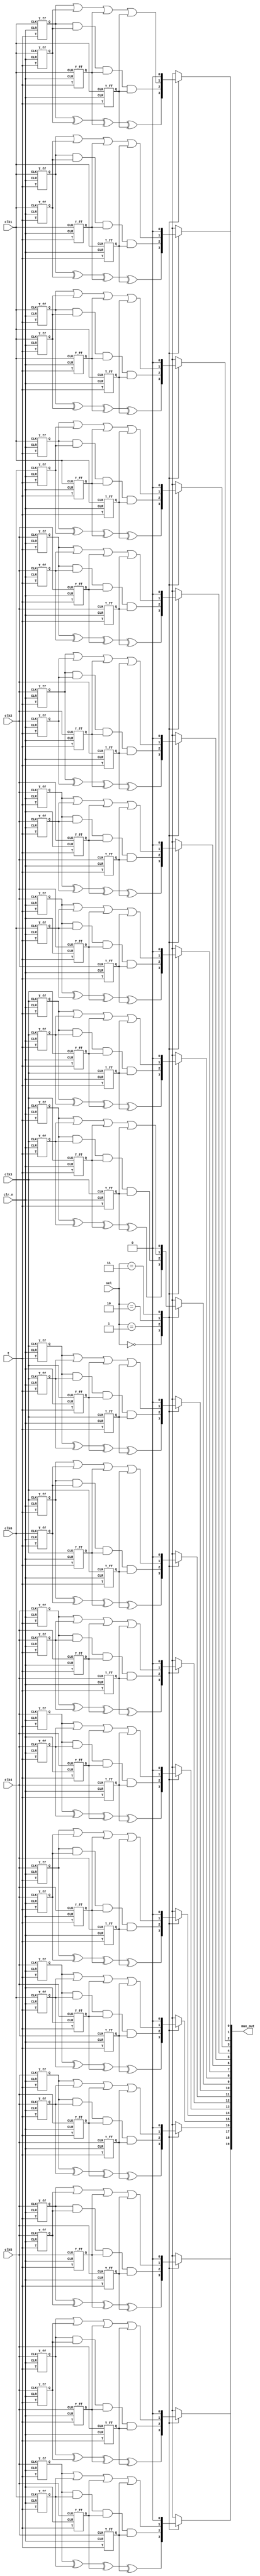
// clock tree design 1
//


module clock_tree_design(clk1, clk2,clk3,clk4,clk5,clk6, t, clr_n, sel, mux_out);

input  clk1;
input  clk2;
input  clk3;
input  clk4;
input  clk5;
input  clk6;
input [1:0] sel;
input t, clr_n;


output reg [19:0]mux_out;
wire [4:0] SQ0;
wire [4:0] SQ1;
wire [4:0] SQ2;
wire [4:0] SQ3;
wire [4:0] SQ4;
wire [4:0] SQ5;
wire [4:0] SQ6;
wire [4:0] SQ7;
wire [4:0] SQ8;
wire [4:0] SQ9;
wire [4:0] SQ10;
wire [4:0] SQ11;
wire [4:0] SQ12;
wire [4:0] SQ13;
wire [4:0] SQ14;
wire [4:0] SQ15;


T_ff I0(.CLK(clk1), .CLR(clr_n), .T(t), .Q(SQ0[0]));
T_ff I1(.CLK(clk2), .CLR(clr_n), .T(t), .Q(SQ0[1]));
T_ff I2(.CLK(clk3), .CLR(clr_n), .T(t), .Q(SQ0[2]));
T_ff I3(.CLK(clk4), .CLR(clr_n), .T(t), .Q(SQ0[3]));
T_ff I4(.CLK(clk5), .CLR(clr_n), .T(t), .Q(SQ0[4]));
T_ff I5(.CLK(clk1), .CLR(clr_n), .T(t), .Q(SQ1[0]));
T_ff I6(.CLK(clk2), .CLR(clr_n), .T(t), .Q(SQ1[1]));
T_ff I7(.CLK(clk3), .CLR(clr_n), .T(t), .Q(SQ1[2]));
T_ff I8(.CLK(clk4), .CLR(clr_n), .T(t), .Q(SQ1[3]));
T_ff I9(.CLK(clk5), .CLR(clr_n), .T(t), .Q(SQ1[4]));
T_ff I10(.CLK(clk1), .CLR(clr_n), .T(t), .Q(SQ2[0]));
T_ff I11(.CLK(clk2), .CLR(clr_n), .T(t), .Q(SQ2[1]));
T_ff I12(.CLK(clk3), .CLR(clr_n), .T(t), .Q(SQ2[2]));
T_ff I13(.CLK(clk4), .CLR(clr_n), .T(t), .Q(SQ2[3]));
T_ff I14(.CLK(clk5), .CLR(clr_n), .T(t), .Q(SQ2[4]));
T_ff I15(.CLK(clk1), .CLR(clr_n), .T(t), .Q(SQ3[0]));
T_ff I16(.CLK(clk2), .CLR(clr_n), .T(t), .Q(SQ3[1]));
T_ff I17(.CLK(clk3), .CLR(clr_n), .T(t), .Q(SQ3[2]));
T_ff I18(.CLK(clk4), .CLR(clr_n), .T(t), .Q(SQ3[3]));
T_ff I19(.CLK(clk5), .CLR(clr_n), .T(t), .Q(SQ3[4]));
T_ff I20(.CLK(clk1), .CLR(clr_n), .T(t), .Q(SQ4[0]));
T_ff I21(.CLK(clk2), .CLR(clr_n), .T(t), .Q(SQ4[1]));
T_ff I22(.CLK(clk3), .CLR(clr_n), .T(t), .Q(SQ4[2]));
T_ff I23(.CLK(clk4), .CLR(clr_n), .T(t), .Q(SQ4[3]));
T_ff I24(.CLK(clk5), .CLR(clr_n), .T(t), .Q(SQ4[4]));
T_ff I25(.CLK(clk1), .CLR(clr_n), .T(t), .Q(SQ5[0]));
T_ff I26(.CLK(clk2), .CLR(clr_n), .T(t), .Q(SQ5[1]));
T_ff I27(.CLK(clk3), .CLR(clr_n), .T(t), .Q(SQ5[2]));
T_ff I28(.CLK(clk4), .CLR(clr_n), .T(t), .Q(SQ5[3]));
T_ff I29(.CLK(clk5), .CLR(clr_n), .T(t), .Q(SQ5[4]));
T_ff I30(.CLK(clk1), .CLR(clr_n), .T(t), .Q(SQ6[0]));
T_ff I31(.CLK(clk2), .CLR(clr_n), .T(t), .Q(SQ6[1]));
T_ff I32(.CLK(clk3), .CLR(clr_n), .T(t), .Q(SQ6[2]));
T_ff I33(.CLK(clk4), .CLR(clr_n), .T(t), .Q(SQ6[3]));
T_ff I34(.CLK(clk5), .CLR(clr_n), .T(t), .Q(SQ6[4]));
T_ff I35(.CLK(clk1), .CLR(clr_n), .T(t), .Q(SQ7[0]));
T_ff I36(.CLK(clk2), .CLR(clr_n), .T(t), .Q(SQ7[1]));
T_ff I37(.CLK(clk3), .CLR(clr_n), .T(t), .Q(SQ7[2]));
T_ff I38(.CLK(clk4), .CLR(clr_n), .T(t), .Q(SQ7[3]));
T_ff I39(.CLK(clk5), .CLR(clr_n), .T(t), .Q(SQ7[4]));
T_ff I40(.CLK(clk1), .CLR(clr_n), .T(t), .Q(SQ8[0]));
T_ff I41(.CLK(clk2), .CLR(clr_n), .T(t), .Q(SQ8[1]));
T_ff I42(.CLK(clk3), .CLR(clr_n), .T(t), .Q(SQ8[2]));
T_ff I43(.CLK(clk4), .CLR(clr_n), .T(t), .Q(SQ8[3]));
T_ff I44(.CLK(clk5), .CLR(clr_n), .T(t), .Q(SQ8[4]));
T_ff I45(.CLK(clk1), .CLR(clr_n), .T(t), .Q(SQ9[0]));
T_ff I46(.CLK(clk2), .CLR(clr_n), .T(t), .Q(SQ9[1]));
T_ff I47(.CLK(clk3), .CLR(clr_n), .T(t), .Q(SQ9[2]));
T_ff I48(.CLK(clk4), .CLR(clr_n), .T(t), .Q(SQ9[3]));
T_ff I49(.CLK(clk5), .CLR(clr_n), .T(t), .Q(SQ9[4]));
T_ff I50(.CLK(clk1), .CLR(clr_n), .T(t), .Q(SQ10[0]));
T_ff I51(.CLK(clk2), .CLR(clr_n), .T(t), .Q(SQ10[1]));
T_ff I52(.CLK(clk3), .CLR(clr_n), .T(t), .Q(SQ10[2]));
T_ff I53(.CLK(clk4), .CLR(clr_n), .T(t), .Q(SQ10[3]));
T_ff I54(.CLK(clk5), .CLR(clr_n), .T(t), .Q(SQ10[4]));
T_ff I55(.CLK(clk1), .CLR(clr_n), .T(t), .Q(SQ11[0]));
T_ff I56(.CLK(clk2), .CLR(clr_n), .T(t), .Q(SQ11[1]));
T_ff I57(.CLK(clk3), .CLR(clr_n), .T(t), .Q(SQ11[2]));
T_ff I58(.CLK(clk4), .CLR(clr_n), .T(t), .Q(SQ11[3]));
T_ff I59(.CLK(clk5), .CLR(clr_n), .T(t), .Q(SQ11[4]));
T_ff I60(.CLK(clk1), .CLR(clr_n), .T(t), .Q(SQ12[0]));
T_ff I61(.CLK(clk2), .CLR(clr_n), .T(t), .Q(SQ12[1]));
T_ff I62(.CLK(clk3), .CLR(clr_n), .T(t), .Q(SQ12[2]));
T_ff I63(.CLK(clk4), .CLR(clr_n), .T(t), .Q(SQ12[3]));
T_ff I64(.CLK(clk5), .CLR(clr_n), .T(t), .Q(SQ12[4]));
T_ff I65(.CLK(clk1), .CLR(clr_n), .T(t), .Q(SQ13[0]));
T_ff I66(.CLK(clk2), .CLR(clr_n), .T(t), .Q(SQ13[1]));
T_ff I67(.CLK(clk3), .CLR(clr_n), .T(t), .Q(SQ13[2]));
T_ff I68(.CLK(clk4), .CLR(clr_n), .T(t), .Q(SQ13[3]));
T_ff I69(.CLK(clk5), .CLR(clr_n), .T(t), .Q(SQ13[4]));
T_ff I70(.CLK(clk1), .CLR(clr_n), .T(t), .Q(SQ14[0]));
T_ff I71(.CLK(clk2), .CLR(clr_n), .T(t), .Q(SQ14[1]));
T_ff I72(.CLK(clk3), .CLR(clr_n), .T(t), .Q(SQ14[2]));
T_ff I73(.CLK(clk4), .CLR(clr_n), .T(t), .Q(SQ14[3]));
T_ff I74(.CLK(clk5), .CLR(clr_n), .T(t), .Q(SQ14[4]));
T_ff I75(.CLK(clk6), .CLR(clr_n), .T(t), .Q(SQ15[0]));
T_ff I76(.CLK(clk6), .CLR(clr_n), .T(t), .Q(SQ15[1]));
T_ff I77(.CLK(clk6), .CLR(clr_n), .T(t), .Q(SQ15[2]));
T_ff I78(.CLK(clk6), .CLR(clr_n), .T(t), .Q(SQ15[3]));
T_ff I79(.CLK(clk6), .CLR(clr_n), .T(t), .Q(SQ15[4]));

  always @ (SQ0[0] or SQ1[0] or SQ2[0] or SQ3[0] or sel) begin
      case (sel)
         2'b00 : mux_out[0] <= SQ0[0] ^ SQ1[0] ^ SQ2[0] ^ SQ3[0] ;
         2'b01 : mux_out[0] <= SQ0[0] & SQ1[0] & SQ2[0] & SQ3[0] ;
         2'b10 : mux_out[0] <= SQ0[0] | SQ1[0] |  SQ2[0] | SQ3[0] ;
         2'b11 : mux_out[0] <= 1'b0;
      endcase
   end

   always @ (SQ5[0] or SQ6[0] or SQ7[0] or SQ4[0] or sel) begin
      case (sel)
         2'b00 : mux_out[1] <= SQ5[0] ^ SQ6[0] ^ SQ7[0] ^ SQ4[0] ;
         2'b01 : mux_out[1] <= SQ5[0] & SQ6[0] & SQ7[0] & SQ4[0] ;
         2'b10 : mux_out[1] <= SQ5[0] | SQ6[0] |  SQ7[0] | SQ4[0] ;
         2'b11 : mux_out[1] <= 1'b0;
      endcase
   end

      always @ (SQ10[0] or SQ11[0] or SQ9[0] or SQ8[0] or sel) begin
      case (sel)
         2'b00 : mux_out[2] <= SQ10[0] ^ SQ11[0] ^ SQ9[0] ^ SQ8[0] ;
         2'b01 : mux_out[2] <= SQ10[0] & SQ11[0] & SQ9[0] & SQ8[0] ;
         2'b10 : mux_out[2] <= SQ10[0] | SQ11[0] |  SQ9[0] | SQ8[0] ;
         2'b11 : mux_out[2] <= 1'b0;
      endcase
   end

   always @ (SQ14[0] or SQ15[0] or SQ12[0] or SQ13[0] or sel) begin
      case (sel)
         2'b00 : mux_out[3] <= SQ14[0] ^ SQ15[0] ^ SQ12[0] ^ SQ13[0] ;
         2'b01 : mux_out[3] <= SQ14[0] & SQ15[0] & SQ12[0] & SQ13[0] ;
         2'b10 : mux_out[3] <= SQ14[0] | SQ15[0] |  SQ12[0] | SQ13[0] ;
         2'b11 : mux_out[3] <= 1'b0;
      endcase
   end

  always @ (SQ0[1] or SQ1[1] or SQ2[1] or SQ3[1] or sel) begin
      case (sel)
         2'b00 : mux_out[4] <= SQ0[1] ^ SQ1[1] ^ SQ2[1] ^ SQ3[1] ;
         2'b01 : mux_out[4] <= SQ0[1] & SQ1[1] & SQ2[1] & SQ3[1] ;
         2'b10 : mux_out[4] <= SQ0[1] | SQ1[1] |  SQ2[1] | SQ3[1] ;
         2'b11 : mux_out[4] <= 1'b0;
      endcase
   end

     always @ (SQ5[1] or SQ6[1] or SQ7[1] or SQ4[1] or sel) begin
      case (sel)
         2'b00 : mux_out[5] <= SQ5[1] ^ SQ6[1] ^ SQ7[1] ^ SQ4[1] ;
         2'b01 : mux_out[5] <= SQ5[1] & SQ6[1] & SQ7[1] & SQ4[1] ;
         2'b10 : mux_out[5] <= SQ5[1] | SQ6[1] |  SQ7[1] | SQ4[1] ;
         2'b11 : mux_out[5] <= 1'b0;
      endcase
   end

     always @ (SQ10[1] or SQ11[1] or SQ9[1] or SQ8[1] or sel) begin
      case (sel)
         2'b00 : mux_out[6] <= SQ10[1] ^ SQ11[1] ^ SQ9[1] ^ SQ8[1] ;
         2'b01 : mux_out[6] <= SQ10[1] & SQ11[1] & SQ9[1] & SQ8[1] ;
         2'b10 : mux_out[6] <= SQ10[1] | SQ11[1] |  SQ9[1] | SQ8[1] ;
         2'b11 : mux_out[6] <= 1'b0;
      endcase
   end

     always @ (SQ14[1] or SQ15[1] or SQ12[1] or SQ13[1] or sel) begin
      case (sel)
         2'b00 : mux_out[7] <= SQ14[1] ^ SQ15[1] ^ SQ12[1] ^ SQ13[1] ;
         2'b01 : mux_out[7] <= SQ14[1] & SQ15[1] & SQ12[1] & SQ13[1] ;
         2'b10 : mux_out[7] <= SQ14[1] | SQ15[1] |  SQ12[1] | SQ13[1] ;
         2'b11 : mux_out[7] <= 1'b0;
      endcase
   end


   always @ (SQ0[2] or SQ1[2] or SQ2[2] or SQ3[2] or sel) begin
      case (sel)
         2'b00 : mux_out[8] <= SQ0[2] ^ SQ1[2] ^ SQ2[2] ^ SQ3[2] ;
         2'b01 : mux_out[8] <= SQ0[2] & SQ1[2] & SQ2[2] & SQ3[2] ;
         2'b10 : mux_out[8] <= SQ0[2] | SQ1[2] |  SQ2[2] | SQ3[2] ;
         2'b11 : mux_out[8] <= 1'b0;
      endcase
   end

      always @ (SQ5[2] or SQ6[2] or SQ7[2] or SQ4[2] or sel) begin
      case (sel)
         2'b00 : mux_out[9] <= SQ5[2] ^ SQ6[2] ^ SQ7[2] ^ SQ4[2] ;
         2'b01 : mux_out[9] <= SQ5[2] & SQ6[2] & SQ7[2] & SQ4[2] ;
         2'b10 : mux_out[9] <= SQ5[2] | SQ6[2] |  SQ7[2] | SQ4[2] ;
         2'b11 : mux_out[9] <= 1'b0;
      endcase
   end

      always @ (SQ10[2] or SQ11[2] or SQ9[2] or SQ8[2] or sel) begin
      case (sel)
         2'b00 : mux_out[10] <= SQ10[2] ^ SQ11[2] ^ SQ9[2] ^ SQ8[2] ;
         2'b01 : mux_out[10] <= SQ10[2] & SQ11[2] & SQ9[2] & SQ8[2] ;
         2'b10 : mux_out[10] <= SQ10[2] | SQ11[2] |  SQ9[2] | SQ8[2] ;
         2'b11 : mux_out[10] <= 1'b0;
      endcase
   end

      always @ (SQ14[2] or SQ15[2] or SQ12[2] or SQ13[2] or sel) begin
      case (sel)
         2'b00 : mux_out[11] <= SQ14[2] ^ SQ15[2] ^ SQ12[2] ^ SQ13[2] ;
         2'b01 : mux_out[11] <= SQ14[2] & SQ15[2] & SQ12[2] & SQ13[2] ;
         2'b10 : mux_out[11] <= SQ14[2] | SQ15[2] |  SQ12[2] | SQ13[2] ;
         2'b11 : mux_out[11] <= 1'b0;
      endcase
   end

   always @ (SQ0[3] or SQ1[3] or SQ2[3] or SQ3[3] or sel) begin
      case (sel)
         2'b00 : mux_out[12] <= SQ0[3] ^ SQ1[3] ^ SQ2[3] ^ SQ3[3] ;
         2'b01 : mux_out[12] <= SQ0[3] & SQ1[3] & SQ2[3] & SQ3[3] ;
         2'b10 : mux_out[12] <= SQ0[3] | SQ1[3] |  SQ2[3] | SQ3[3] ;
         2'b11 : mux_out[12] <= 1'b0;
      endcase
   end

      always @ (SQ5[3] or SQ6[3] or SQ7[3] or SQ4[3] or sel) begin
      case (sel)
         2'b00 : mux_out[13] <= SQ5[3] ^ SQ6[3] ^ SQ7[3] ^ SQ4[3] ;
         2'b01 : mux_out[13] <= SQ5[3] & SQ6[3] & SQ7[3] & SQ4[3] ;
         2'b10 : mux_out[13] <= SQ5[3] | SQ6[3] |  SQ7[3] | SQ4[3] ;
         2'b11 : mux_out[13] <= 1'b0;
      endcase
   end

   always @ (SQ10[3] or SQ11[3] or SQ9[3] or SQ8[3] or sel) begin
      case (sel)
         2'b00 : mux_out[14] <= SQ10[3] ^ SQ11[3] ^ SQ9[3] ^ SQ8[3] ;
         2'b01 : mux_out[14] <= SQ10[3] & SQ11[3] & SQ9[3] & SQ8[3] ;
         2'b10 : mux_out[14] <= SQ10[3] | SQ11[3] |  SQ9[3] | SQ8[3] ;
         2'b11 : mux_out[14] <= 1'b0;
      endcase
   end

      always @ (SQ14[3] or SQ15[3] or SQ12[3] or SQ13[3] or sel) begin
      case (sel)
         2'b00 : mux_out[15] <= SQ14[3] ^ SQ15[3] ^ SQ12[3] ^ SQ13[3] ;
         2'b01 : mux_out[15] <= SQ14[3] & SQ15[3] & SQ12[3] & SQ13[3] ;
         2'b10 : mux_out[15] <= SQ14[3] | SQ15[3] |  SQ12[3] | SQ13[3] ;
         2'b11 : mux_out[15] <= 1'b0;
      endcase
   end

always @ (SQ0[4] or SQ1[4] or SQ2[4] or SQ3[4] or sel) begin
      case (sel)
         2'b00 : mux_out[16] <= SQ0[4] ^ SQ1[4] ^ SQ2[4] ^ SQ3[4] ;
         2'b01 : mux_out[16] <= SQ0[4] & SQ1[4] & SQ2[4] & SQ3[4] ;
         2'b10 : mux_out[16] <= SQ0[4] | SQ1[4] |  SQ2[4] | SQ3[4] ;
         2'b11 : mux_out[16] <= 1'b0;
      endcase
   end

     always @ (SQ5[4] or SQ6[4] or SQ7[4] or SQ4[4] or sel) begin
      case (sel)
         2'b00 : mux_out[17] <= SQ5[4] ^ SQ6[4] ^ SQ7[4] ^ SQ4[4] ;
         2'b01 : mux_out[17] <= SQ5[4] & SQ6[4] & SQ7[4] & SQ4[4] ;
         2'b10 : mux_out[17] <= SQ5[4] | SQ6[4] |  SQ7[4] | SQ4[4] ;
         2'b11 : mux_out[17] <= 1'b0;
      endcase
   end

     always @ (SQ10[4] or SQ11[4] or SQ9[4] or SQ8[4] or sel) begin
      case (sel)
         2'b00 : mux_out[18] <= SQ10[4] ^ SQ11[4] ^ SQ9[4] ^ SQ8[4] ;
         2'b01 : mux_out[18] <= SQ10[4] & SQ11[4] & SQ9[4] & SQ8[4] ;
         2'b10 : mux_out[18] <= SQ10[4] | SQ11[4] |  SQ9[4] | SQ8[4] ;
         2'b11 : mux_out[18] <= 1'b0;
      endcase
   end


     always @ (SQ14[4] or SQ15[4] or SQ12[4] or SQ13[4] or sel) begin
      case (sel)
         2'b00 : mux_out[19] <= SQ14[4] ^ SQ15[4] ^ SQ12[4] ^ SQ13[4] ;
         2'b01 : mux_out[19] <= SQ14[4] & SQ15[4] & SQ12[4] & SQ13[4] ;
         2'b10 : mux_out[19] <= SQ14[4] | SQ15[4] |  SQ12[4] | SQ13[4] ;
         2'b11 : mux_out[19] <= 1'b0;
      endcase
   end
endmodule

//-----------------------------------------------------
// Design Name : T_ff_async_reset
// Function    : T flip-flop async reset
//-----------------------------------------------------
module T_ff (
CLK    , // Clock Input
CLR , // Reset input 
Q,
T         // Q output
) ;
//-----------Input Ports---------------
input  T, CLK, CLR ; 

//-----------Output Ports---------------
output Q;

//------------Internal Variables--------
wire D_wire;
reg Q;


//-------------Code Starts Here---------
always @ ( posedge CLK or negedge CLR)
if (~CLR) begin
  Q <= 1'b0;
end  else begin
  Q <= D_wire;
end

assign D_wire = T ^ Q;

endmodule //